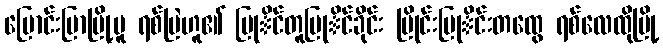
ပြောင်းပြာမြို့မူ ရစ်မြဲဟူ၏ ပြုိင်တူပြုိင်ခိုင်း ပြိုင်းပြုိင်းတထွေ ရစ်လေထိုမြို့